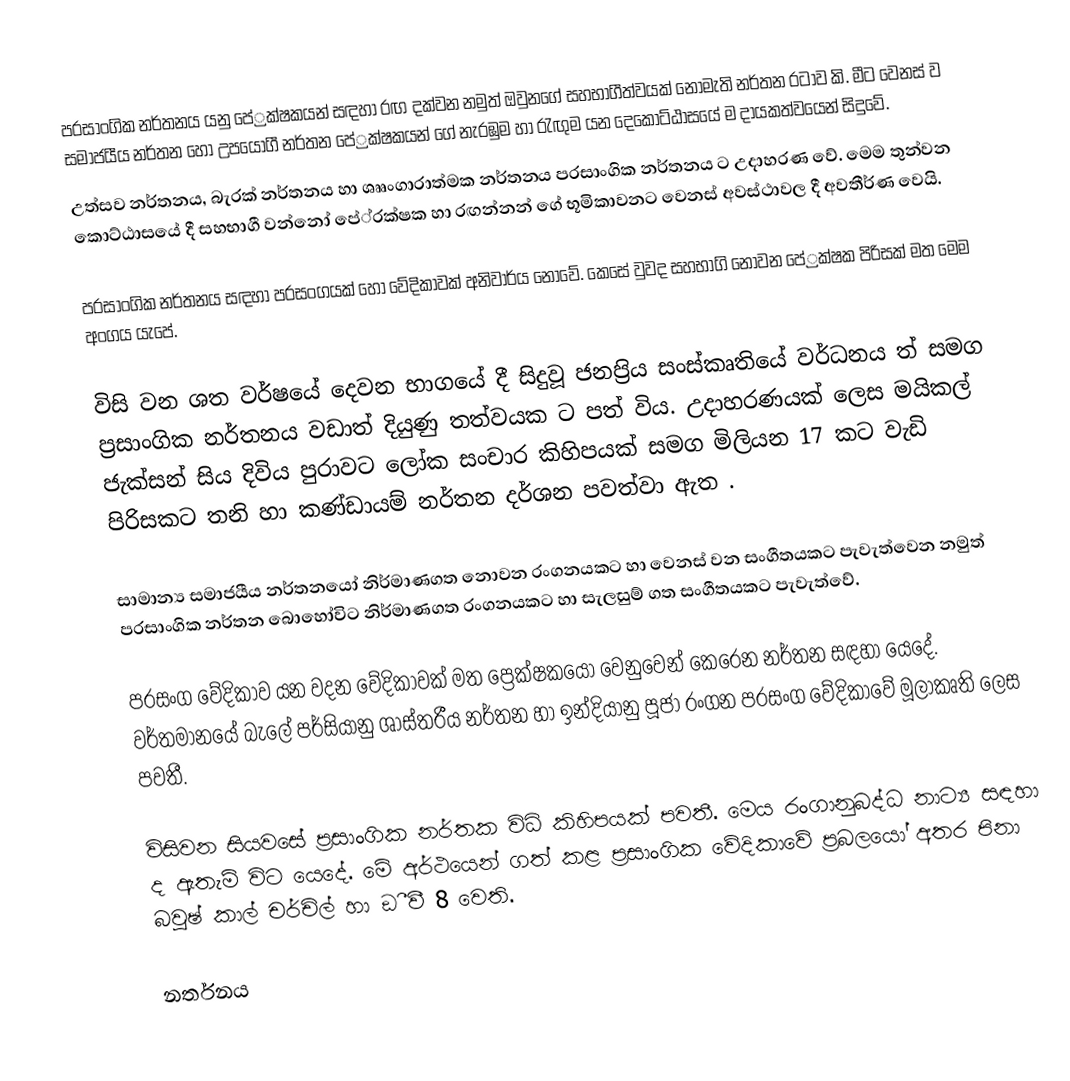
ප‍්‍රසාංගික නර්තනය යනු පේ‍්‍රක්ෂකයන් සඳහා රඟ දක්වන නමුත් ඔවුනගේ සහභාගීත්වයක් නොමැති නර්තන රටාව කි. මීට වෙනස් ව සමාජයීය නර්තන හෝ උපයෝගී නර්තන පේ‍්‍රක්ෂකයන් ගේ නැරඹුම හා රැඟුම යන දෙකොට්ඨාසයේ ම දායකත්වයෙන් සිදුවේ.
උත්සව නර්තනය, බැරක් නර්තනය හා ශෲංගාරාත්මක නර්තනය ප‍්‍රසාංගික නර්තනය ට උදාහරණ වේ. මෙම තුන්වන කොට්ඨාසයේ දී සහභාගී වන්නෝ පේ‍්‍රක්ෂක හා රඟන්නන් ගේ භූමිකාවනට වෙනස් අවස්ථාවල දී අවතීර්ණ වෙයි.

ප‍්‍රසාංගික නර්තනය සඳහා ප‍්‍රසංගයක් හෝ වේදිකාවක් අනිවාර්ය නොවේ. කෙසේ වුවද සහභාගි නොවන පේ‍්‍රක්ෂක පිරිසක් මත මෙම අංගය යැපේ.

විසි වන ශත වර්ෂයේ දෙවන භාගයේ දී සිදුවූ ජනප‍්‍රිය සංස්කෘතියේ වර්ධනය ත් සමග ප‍්‍රසාංගික නර්තනය වඩාත් දියුණු තත්වයක ට පත් විය. උදාහරණයක් ලෙස මයිකල් ජැක්සන් සිය දිවිය පුරාවට ලෝක සංචාර කිහිපයක් සමග මිලියන 17 කට වැඩි පිරිසකට තනි හා කණ්ඩායම් නර්තන දර්ශන පවත්වා ඇත .

සාමාන්‍ය සමාජයීය නර්තනයෝ නිර්මාණගත නොවන රංගනයකට හා වෙනස් වන සංගීතයකට පැවැත්වෙන නමුත් ප‍්‍රසාංගික නර්තන බොහෝවිට නිර්මාණගත රංගනයකට හා සැලසුම් ගත සංගීතයකට පැවැත්වේ.

ප‍්‍රසංග වේදිකාව යන වදන වේදිකාවක් මත ප්‍රෙක්ෂකයෝ වෙනුවෙන් කෙරෙන නර්තන සඳහා යෙදේ. වර්තමානයේ බැලේ පර්සියානු ශාස්ත‍්‍රීය නර්තන හා ඉන්දියානු පූජා රංගන ප‍්‍රසංග වේදිකාවේ මූලාකෘති ලෙස පවතී.

විසිවන සියවසේ ප‍්‍රසාංගික නර්තක විධි කිහිපයක් පවතී. මෙය රංගානුබද්ධ නාට්‍ය සඳහා ද ඇතැම් විට යෙදේ. මේ අර්ථයෙන් ගත් කළ ප‍්‍රසාංගික වේදිකාවේ ප‍්‍රබලයෝ අතර පිනා බවුෂ් කාල් චර්චිල් හා ඞී වී 8 වෙති.

නර්තනය